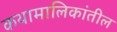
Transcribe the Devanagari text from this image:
कथामालिकांतील